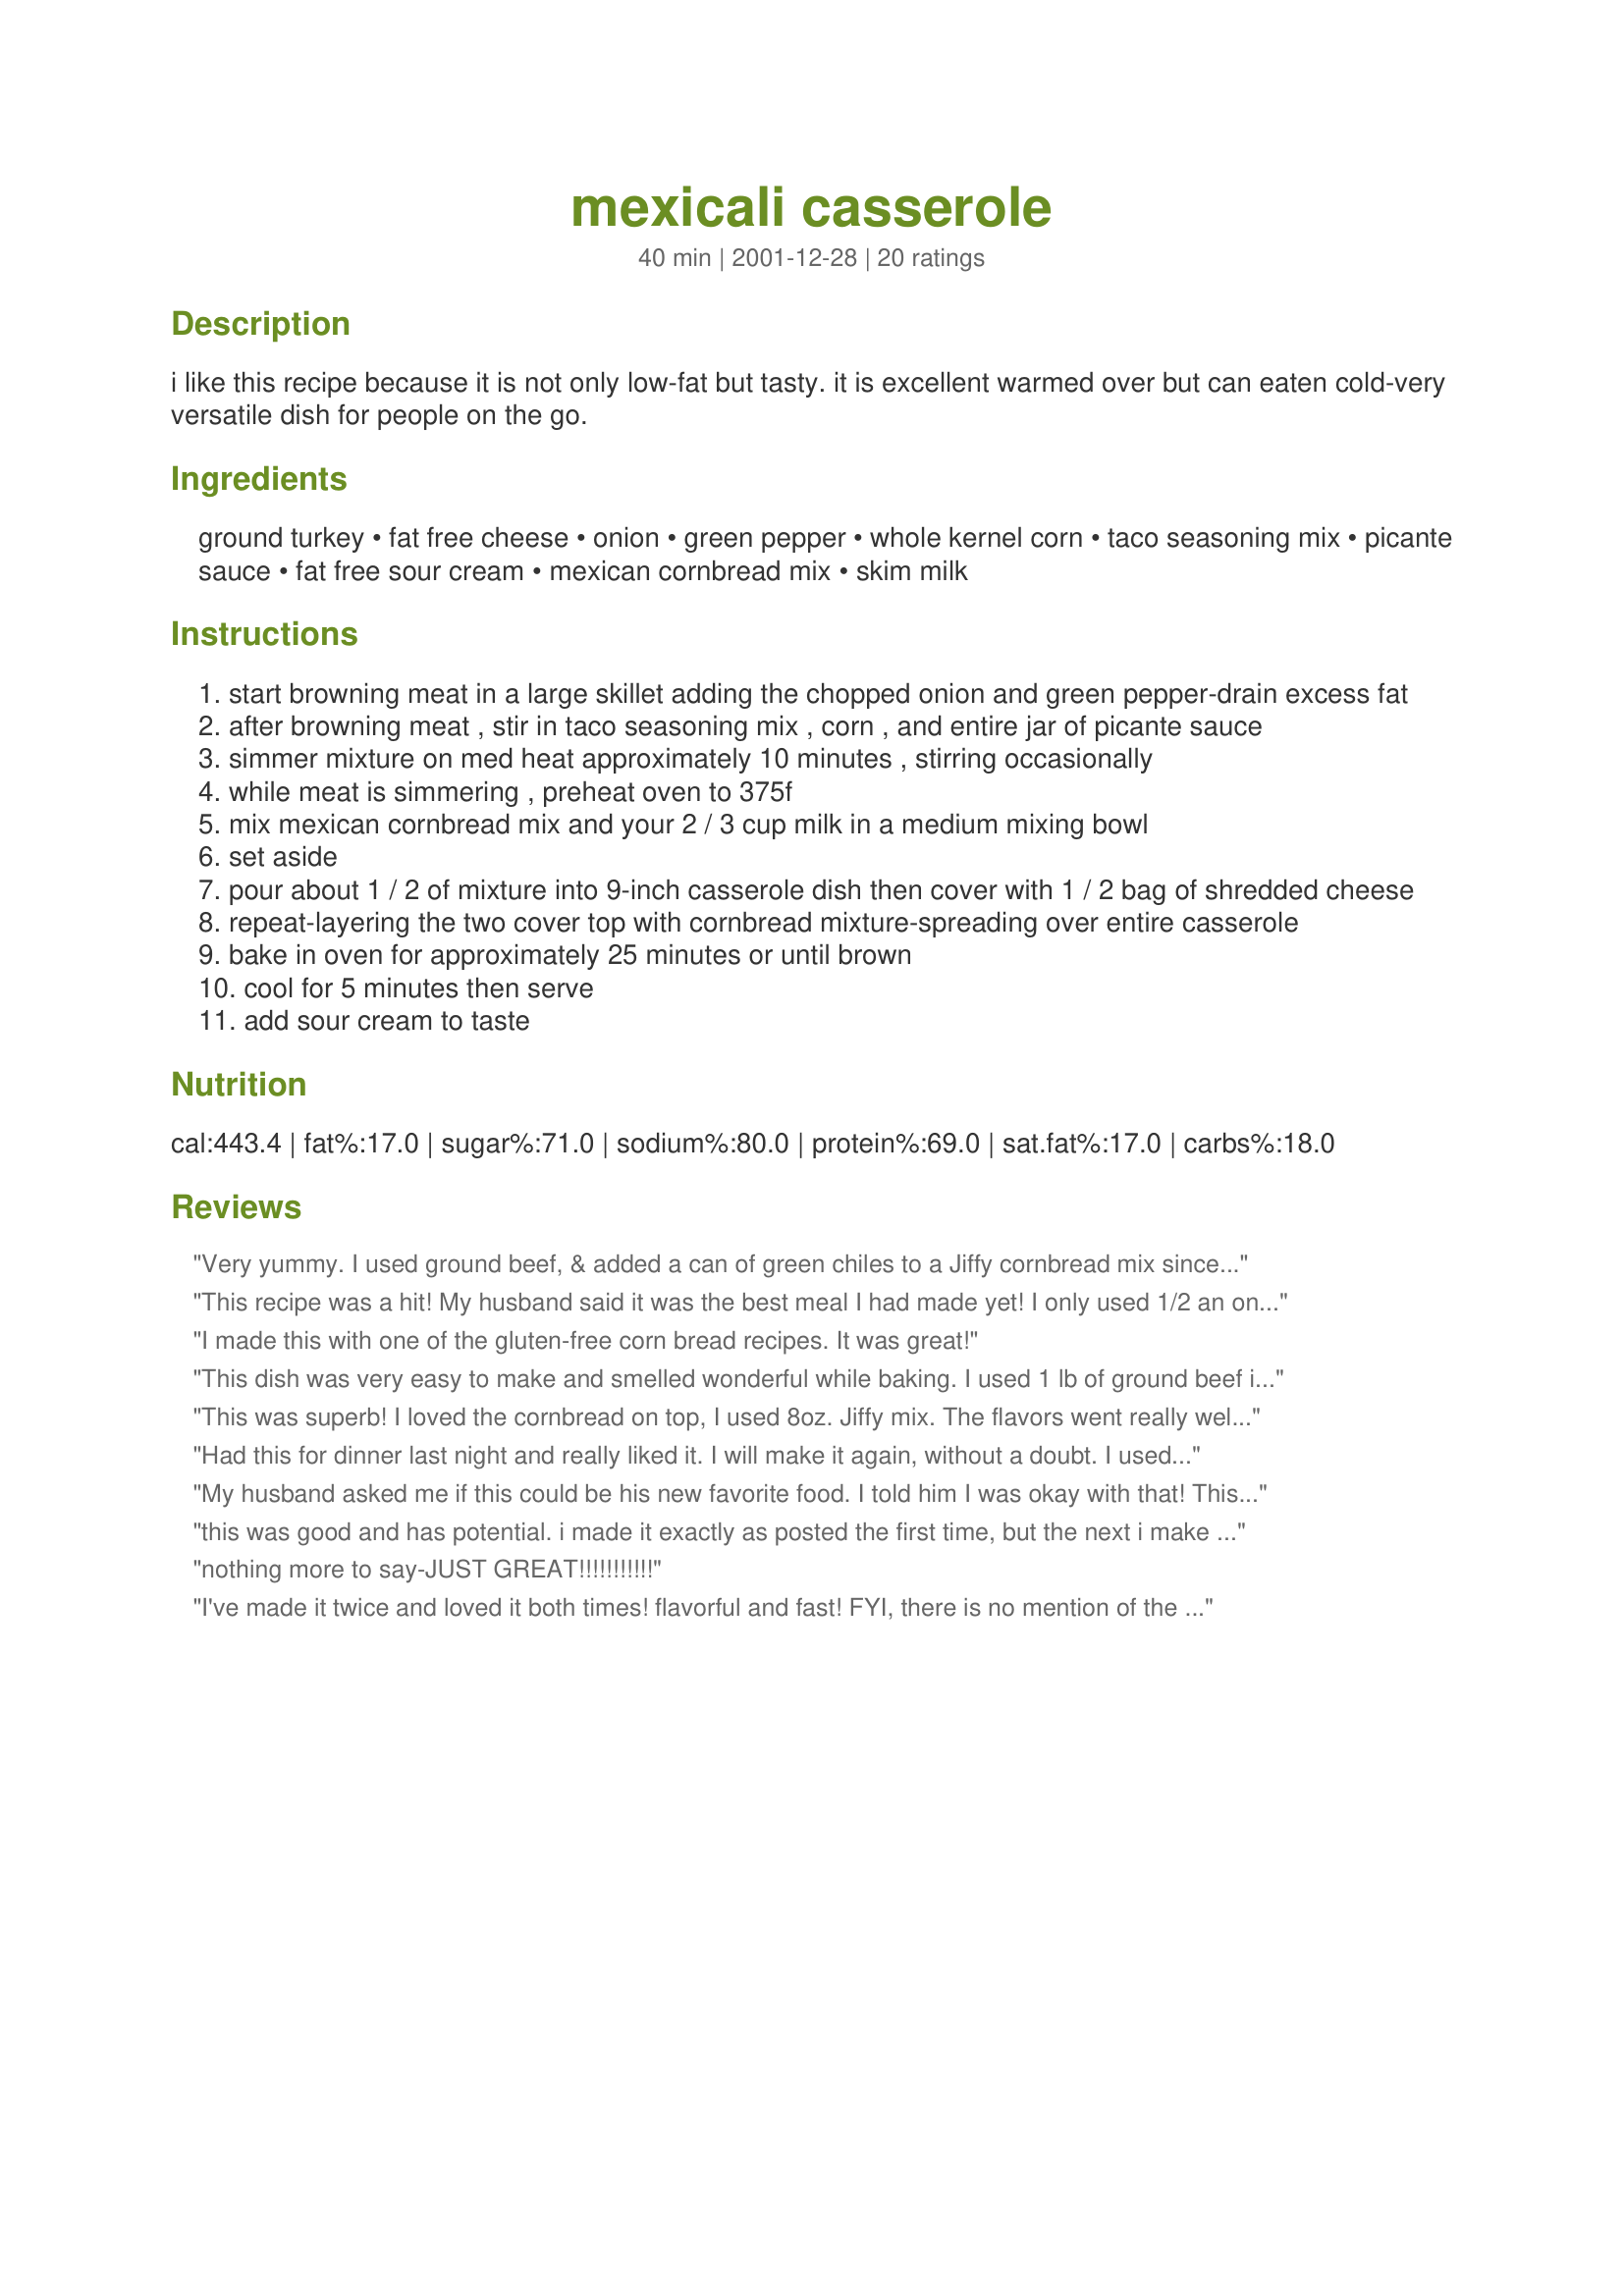
mexicali casserole
Preparation time: 40 minutes

i like this recipe because it is not only low-fat but tasty. it is excellent warmed over but can eaten cold-very versatile dish for people on the go.

Ingredients:
ground turkey, fat free cheese, onion, green pepper, whole kernel corn, taco seasoning mix, picante sauce, fat free sour cream, mexican cornbread mix, skim milk

Steps:
start browning meat in a large skillet adding the chopped onion and green pepper-drain excess fat
after browning meat , stir in taco seasoning mix , corn , and entire jar of picante sauce
simmer mixture on med heat approximately 10 minutes , stirring occasionally
while meat is simmering , preheat oven to 375f
mix mexican cornbread mix and your 2 / 3 cup milk in a medium mixing bowl
set aside
pour about 1 / 2 of mixture into 9-inch casserole dish then cover with 1 / 2 bag of shredded cheese
repeat-layering the two cover top with cornbread mixture-spreading over entire casserole
bake in oven for approximately 25 minutes or until brown
cool for 5 minutes then serve
add sour cream to taste

Reviews:
Very yummy. I used ground beef, & added a can of green chiles to a Jiffy cornbread mix since I didn't have a Mexican mix. Also we used salsa instead of picante sauce. This was the 1st Mexican casserole I've made that my DH considered a meal & not just a dip or appetizer! Thank you!
This recipe was a hit! My husband said it was the best meal I had made yet! I only used 1/2 an onion, a jalapeno pepper as the "green pepper" and the 8.5oz Jiffy cornbread mix as previous posters suggested. All in all, it was an easy and delicious recipe. I will be making this over and over again! Thank you!
I made this with one of the gluten-free corn bread recipes. It was great!
This dish was very easy to make and smelled wonderful while baking. I used 1 lb of ground beef instead of the ground turkey and I didn't have a mexican cornbread mix, so I made my own (I submitted recipe for the mexican cornbread to Recipezaar". My husband is not a big fan of Mexican dishes, but he went back for seconds on this one! Will surely make again.
This was superb! I loved the cornbread on top, I used 8oz. Jiffy mix. The flavors went really well together. I didn't make it low-fat but I'm sure it would still taste great if I did. The sour cream on the side made it even better! Thanks for the recipe! :)
Had this for dinner last night and really liked it. I will make it again, without a doubt. I used ground chicken for the first time and liked it, full fat cheese and regular cornbread mix. Oh, and I did steps 1-3 the night before to save time. Next time, I might sub green chilis for the pepper. I'm sure the leftovers tonight will be excellent, thanks.
My husband asked me if this could be his new favorite food. I told him I was okay with that! This really was a nice casserole. I made it with all of the fattening things since my son is so picky about flavors, so maybe that made it extra good! Thanks for the recipe.
this was good and has potential. i made it exactly as posted the first time, but the next i make this, i will use low fat shredded cheese, low fat sour cream, 1% milk snd low sodium taco seasoning mix. this may add some fat grams but i think it will also add more flavor too.
nothing more to say-JUST GREAT!!!!!!!!!!!
I've made it twice and loved it both times! flavorful and fast! FYI, there is no mention of the size of cornbread mix and I've used two brands ... I adjusted the milk a bit for the larger mix.
This was absolutely delicious! I made it the regular way (not lowfat). I took it to a pot luck at work and everyone loved it. They all asked me for the recipe. Thanks for such a fabulous dish! : )
Absolutely AWESEOME recipe! My family and I loved it! I have to admit I used regular sharp cheddar cheese instead of lowfat. Definitely a keeper! Thanks for sharing, cbrangel!
This recipe is a definite keeper, thanks so much for sharing, I loved it!
Easy to make with my 14 year old son. Yum!
This was so so good!!! My BH said that this dish was just like my personality - just the right amount of spice and really cheesy!! We will definaltely be having this a lot!! I did use light cheese instead of the FF variety-just can't do FF cheese!! I bet this would be good with black beans in it as well! Of course, it tastes great just as is!!!
Made as directed using regular jiffy cornbread mix, we loved it, can't wait for leftovers tomorow, thanks for a great recipe.
This is a fantastic quick recipe. Very tasty and my family loved it - even the 4 year old! I didn't see mexican cb at the grocery store, so just used the regular. The cb really gave it a great and fun extra flavor to it! It's definitely going in my favs cookbook!
Very good! I am a big fan of Mexican dishes and cornbread - I liked having both in one dish. I couldn't find Mexican cornbread, so just used regular Jiffy. I also used salsa rather than picante sauce (what I had on hand). Thank you for a new recipe!
I prepared this for a potluck yesterday and was disappointed. First, your recipe didn't state the size of the can of corn (I figured it was the 14.5 oz. size); and it didn't say what size the cornbread package should have been (I used the 8.5 oz. Jiffy mix). I used ground beef instead of turkey and reduced the cheese to 12 oz. It turned our VERY sloppy. However, I must say the taste was quite good. Next time (yes, I will try it again) I'll drain the corn and see if that helps or possibly use a can of chili beans. At least half of it was left from the potluck so I reheated it and gave it to DH for dinner. He liked the flavor as well.
Great recipe! We loved it, and ate so much! Next time, though, I may not use as much cheese. Only changes I made were to use reduced fat cheese and sour cream instead of non-fat. Also, added green chiles and mexican cheese to Jiffy mix, as someone had suggested before. Excellent!
